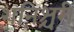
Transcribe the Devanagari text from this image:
शनिश्चरी